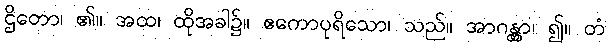
ဌိတော၊ ၏။ အထ၊ ထိုအခါ၌။ ဧကောပုရိသော၊ သည်။ အာဂန္တွာ၊ ၍။ တံ